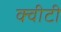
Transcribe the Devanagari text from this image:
क्‍वीटी